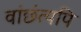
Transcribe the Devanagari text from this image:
वांछंत्यपि